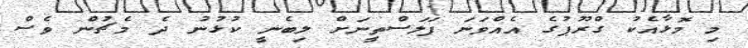
މި މޮޅާއެކު ގްރޫޕުގެ އެއްވަނަ ފަލަސްތީނަށް ލިބެނީ ކުޅުނު ދެ މެޗުން ވެސް